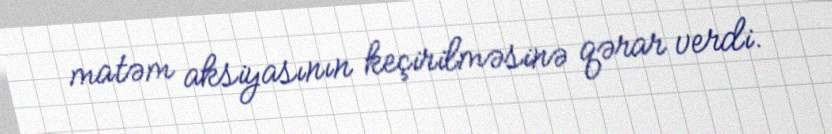
matəm aksiyasının keçirilməsinə qərar verdi.